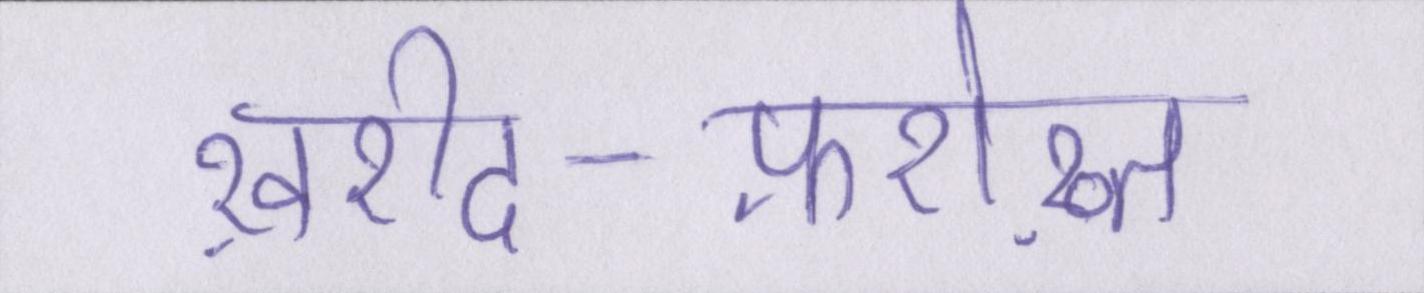
ख़रीद-फ़रोख़्त